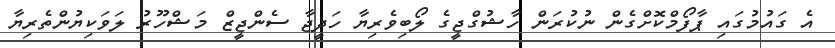
އެ ގައުމުގައި ޕާފޯމްކޮށްގެން ނުކުރަން ހާޝުގްޖީގެ ލޯބިވެރިޔާ ހަދީޖާ ސެންޖީޒް މަޝްހޫރު ލަވަކިޔުންތެރިޔާ